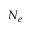
N _ { e }